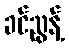
ခင်ညွန့်